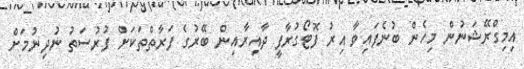
އިމިގްރޭޝަނުން މިހެން ބުނެފައިވާ އިރު ފޮޓޯގުރާފީ ދާއިރާއިން ބޭރުގެ ފަރާތްތަކަށް ފުރުސަތު ނުދިނުމަށް